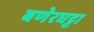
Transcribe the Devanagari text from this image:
बणेरघट्टा